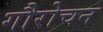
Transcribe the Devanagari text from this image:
गौरोचन